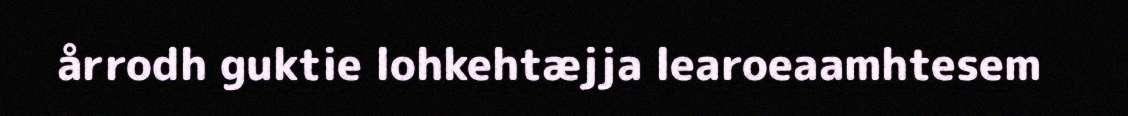
årrodh guktie lohkehtæjja learoeaamhtesem